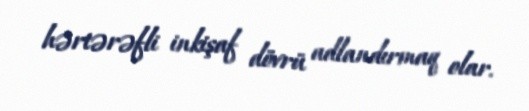
hərtərəfli inkişaf dövrü adlandırmaq olar.